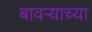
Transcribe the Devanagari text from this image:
बावऱ्याच्या